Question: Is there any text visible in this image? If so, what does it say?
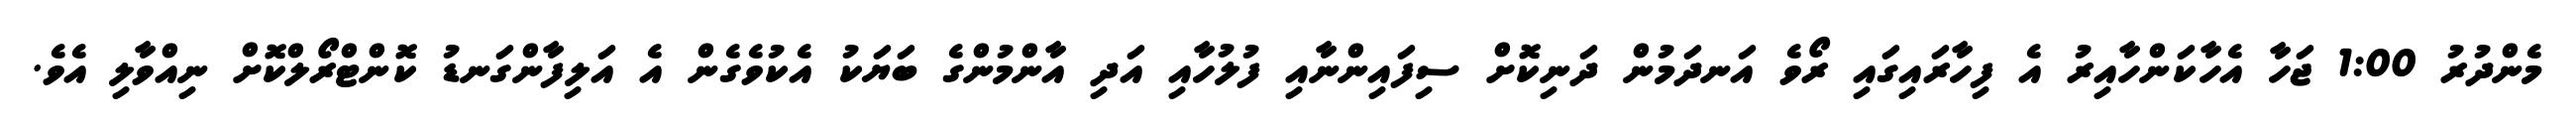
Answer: މެންދުރު 1:00 ޖަހާ އެހާކަންހާއިރު އެ ފިހާރައިގައި ރޯވެ އަނދަމުން ދަނިކޮށް ސިފައިންނާއި ފުލުހާއި އަދި އާންމުންގެ ބަޔަކު އެކުވެގެން އެ އަލިފާންގަނޑު ކޮންޓްރޯލްކޮށް ނިއްވާލި އެވެ.